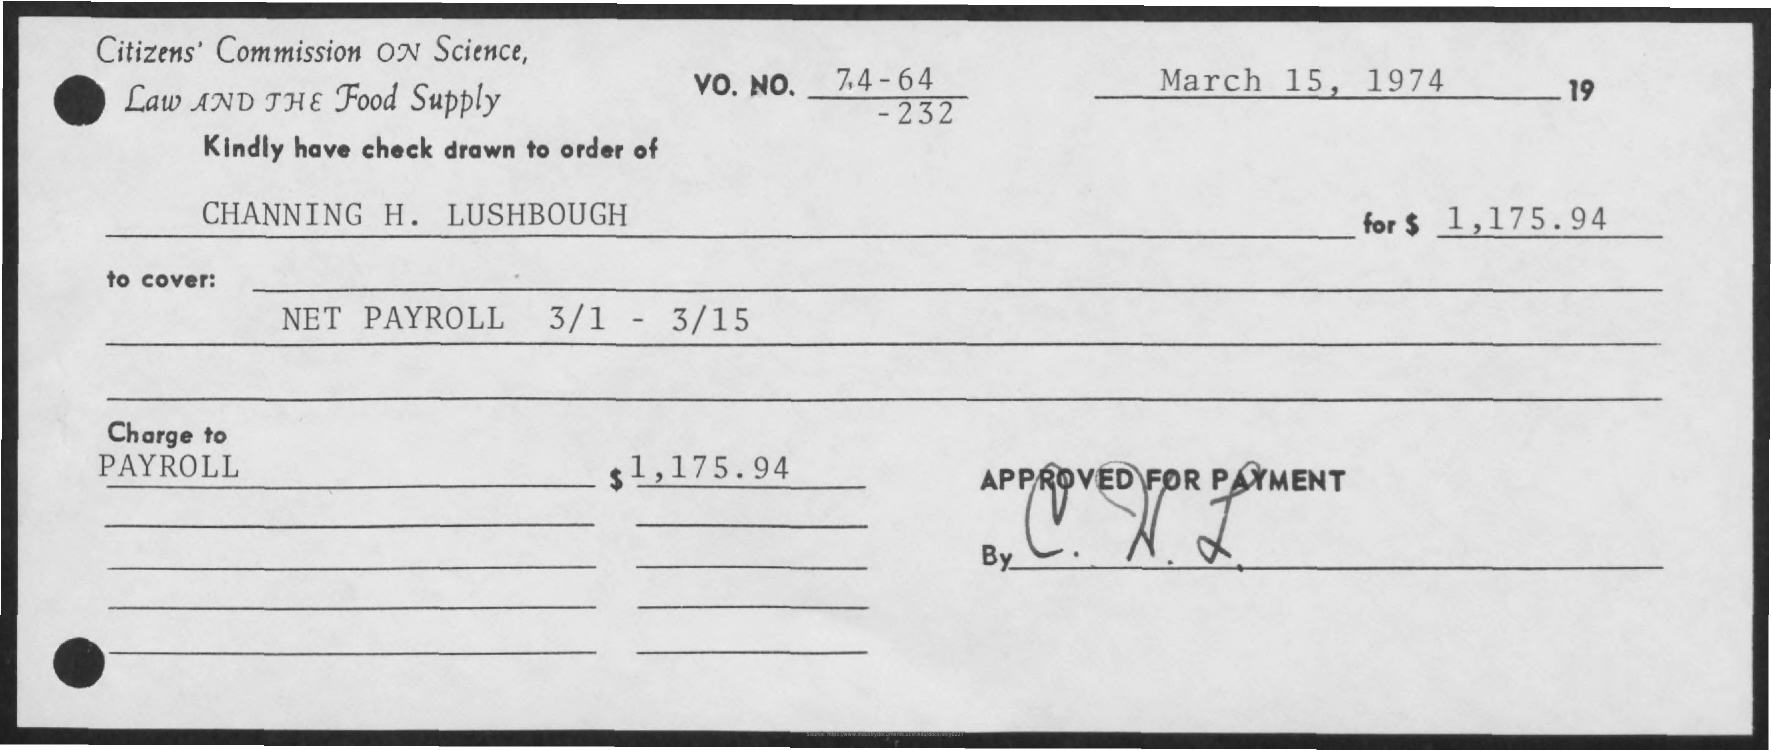
Citizens'    Commission    ON    Science,
     Law    AND    THE    Food    Supply
     VO.    NO.    7.4    -    64    March    15,    1974
     -    232
     19
     Kindly    have    check    drawn    to    order    of
     CHANNING    H.    LUSHBOUGH    for    $    1,175.94
     to    cover:
     NET    PAYROLL    3/1    -    3/15
     Charge    to
     PAYROLL    $    1,    175.94    APPROVED    FØR    PAYMENT
     By
     Source: https://www.industrydocuments.ucsf.edu/docs/xrcy0227